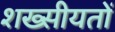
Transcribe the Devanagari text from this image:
शख्सीयतों